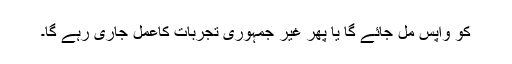
کو واپس مل جائے گا یا پھر غیر جمہوری تجربات کاعمل جاری رہے گا۔